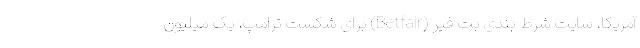
آمریکا، سایت شرط بندی بِت فِیر (Betfair) برای شکست ترامپ، یک میلیون